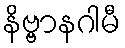
နိဗ္ဗာနဂါမီ